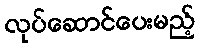
လုပ်ဆောင်ပေးမည့်